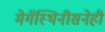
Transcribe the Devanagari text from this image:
मेगॅस्थिनीसनेही